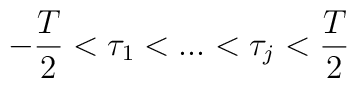
-{{T} \over {2}} < \tau_1 < ... < \tau_j < {{T} \over {2}}